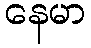
နေမာ